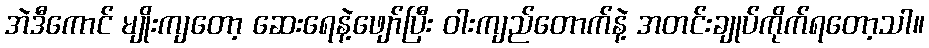
အဲဒီကောင် မျိုးကျတော့ ဆေးရေနဲ့ဖျော်ပြီး ဝါးကျည်တောက်နဲ့ အတင်းချုပ်ကိုက်ရတော့သါ။